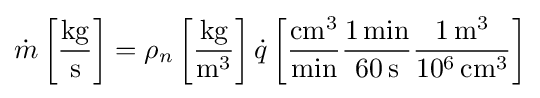
{\dot {m}}\left[{\frac {\rm {kg}}{\rm {s}}}\right]=\rho _{n}\left[{\frac {\rm {kg}}{\rm {{m}^{3}}}}\right]{\dot {q}}\left[{\frac {\rm {{cm}^{3}}}{\rm {min}}}{\frac {1\,{\rm {min}}}{60\,{\rm {s}}}}{\frac {1\,{\rm {{m}^{3}}}}{10^{6}\,{\rm {{cm}^{3}}}}}\right]